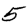
Digit: 5